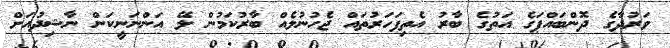
ވަރުދާގެ ދޮންބައްޕަގެ އަތުގެ ބާރު އެތިފަހަރުތައް ޖެހުނުލެއް ބާރުކަމުން ލޭ އަންނަނީކަން ނާޝިދުއަށް